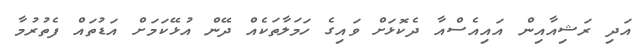
އަދި ރަޝިއާއިން އައިއެސްއާ ދެކޮޅަށް ވައިގެ ހަމަލާތަކެއް ދޭން އުޅޭކަމަށް އަޑުތައް ފެތުރުމާ